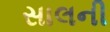
સાલની